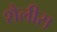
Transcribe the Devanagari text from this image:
शैलीस